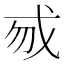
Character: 𢦠